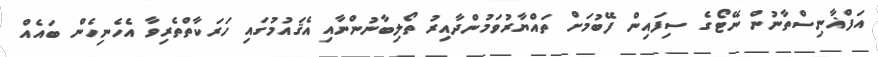
އަފްޣާނިސްތާނުން ނޭޓޯގެ ސިފައިން ފޭބުމަށް ތައްޔާރުވަމުންދާއިރު ތޯލިބާނުންނާއި އެޤައުމުގައި ހަރަކާތްތެރިވާ އެހެނިހެން ބައެއް